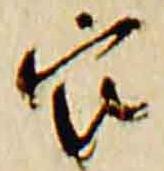
官